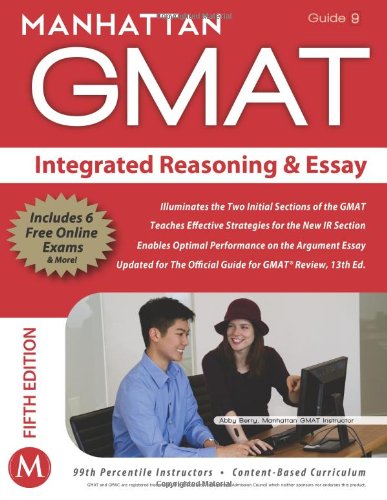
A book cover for Integrated Reasoning and Essay GMAT Strategy Guide (Manhattan GMAT Instructional, Guide 9); Manhattan GMAT; Business & Money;